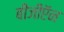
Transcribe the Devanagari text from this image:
बीजीऍन